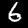
Label: 6